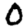
Digit: 0